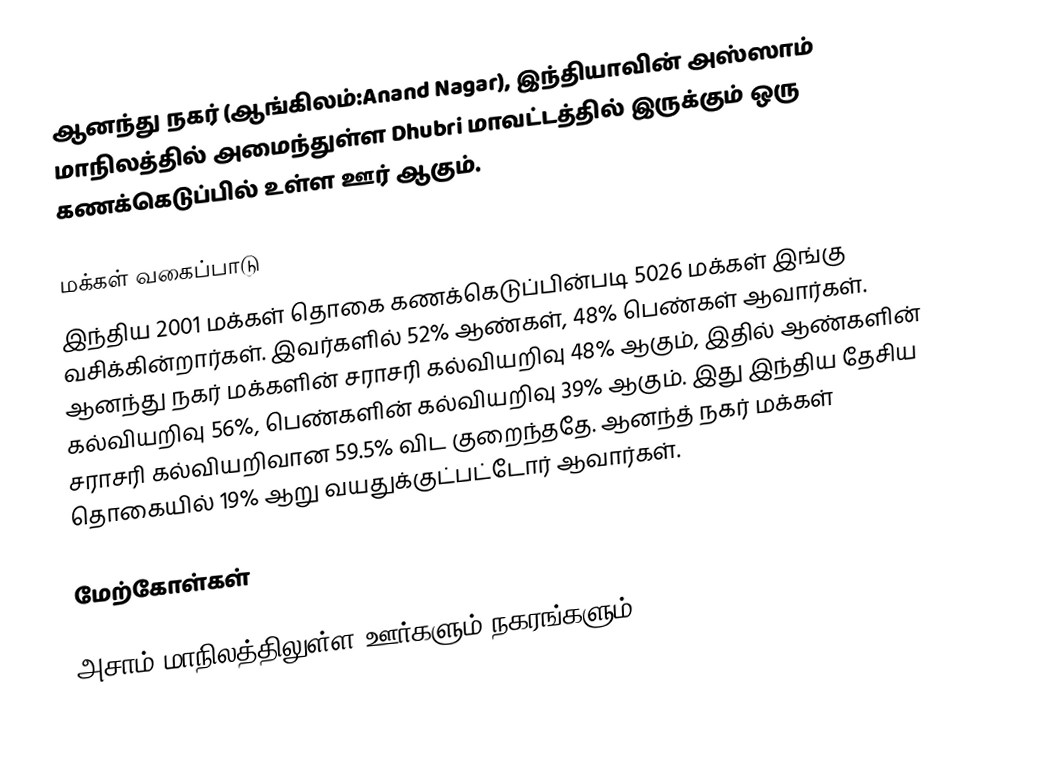
ஆனந்து நகர் (ஆங்கிலம்:Anand Nagar), இந்தியாவின் அஸ்ஸாம் மாநிலத்தில் அமைந்துள்ள Dhubri மாவட்டத்தில் இருக்கும் ஒரு கணக்கெடுப்பில் உள்ள ஊர்  ஆகும்.

மக்கள் வகைப்பாடு
இந்திய 2001 மக்கள் தொகை கணக்கெடுப்பின்படி 5026 மக்கள் இங்கு வசிக்கின்றார்கள். இவர்களில் 52% ஆண்கள், 48% பெண்கள் ஆவார்கள். ஆனந்து நகர் மக்களின் சராசரி கல்வியறிவு 48% ஆகும்,  இதில் ஆண்களின் கல்வியறிவு 56%,  பெண்களின் கல்வியறிவு 39% ஆகும். இது இந்திய தேசிய சராசரி கல்வியறிவான 59.5% விட குறைந்ததே. ஆனந்த் நகர் மக்கள் தொகையில் 19%  ஆறு வயதுக்குட்பட்டோர் ஆவார்கள்.

மேற்கோள்கள்

அசாம் மாநிலத்திலுள்ள ஊர்களும் நகரங்களும்